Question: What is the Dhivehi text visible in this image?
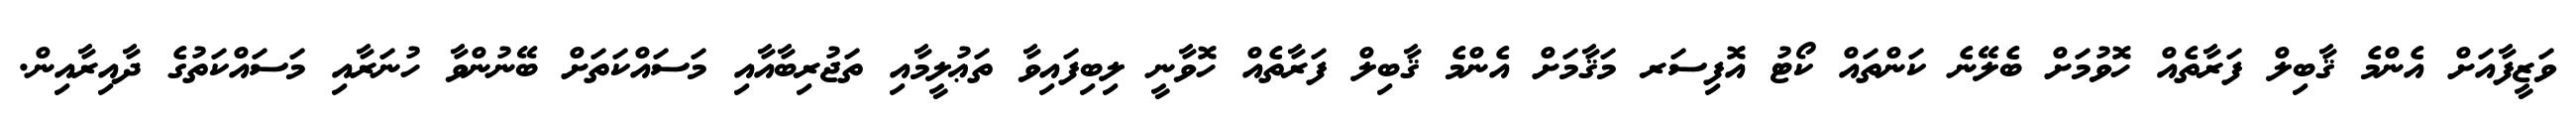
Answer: ވަޒީފާއަށް އެންމެ ޤާބިލް ފަރާތެއް ހޮވުމަށް ބެލޭނެ ކަންތައް ކޯޓު އޮފިސަރ މަޤާމަށް އެންމެ ޤާބިލް ފަރާތެއް ހޮވާނީ ލިބިފައިވާ ތަޢުލީމާއި ތަޖުރިބާއާއި މަސައްކަތަށް ބޭނުންވާ ހުނަރާއި މަސައްކަތުގެ ދާއިރާއިން.